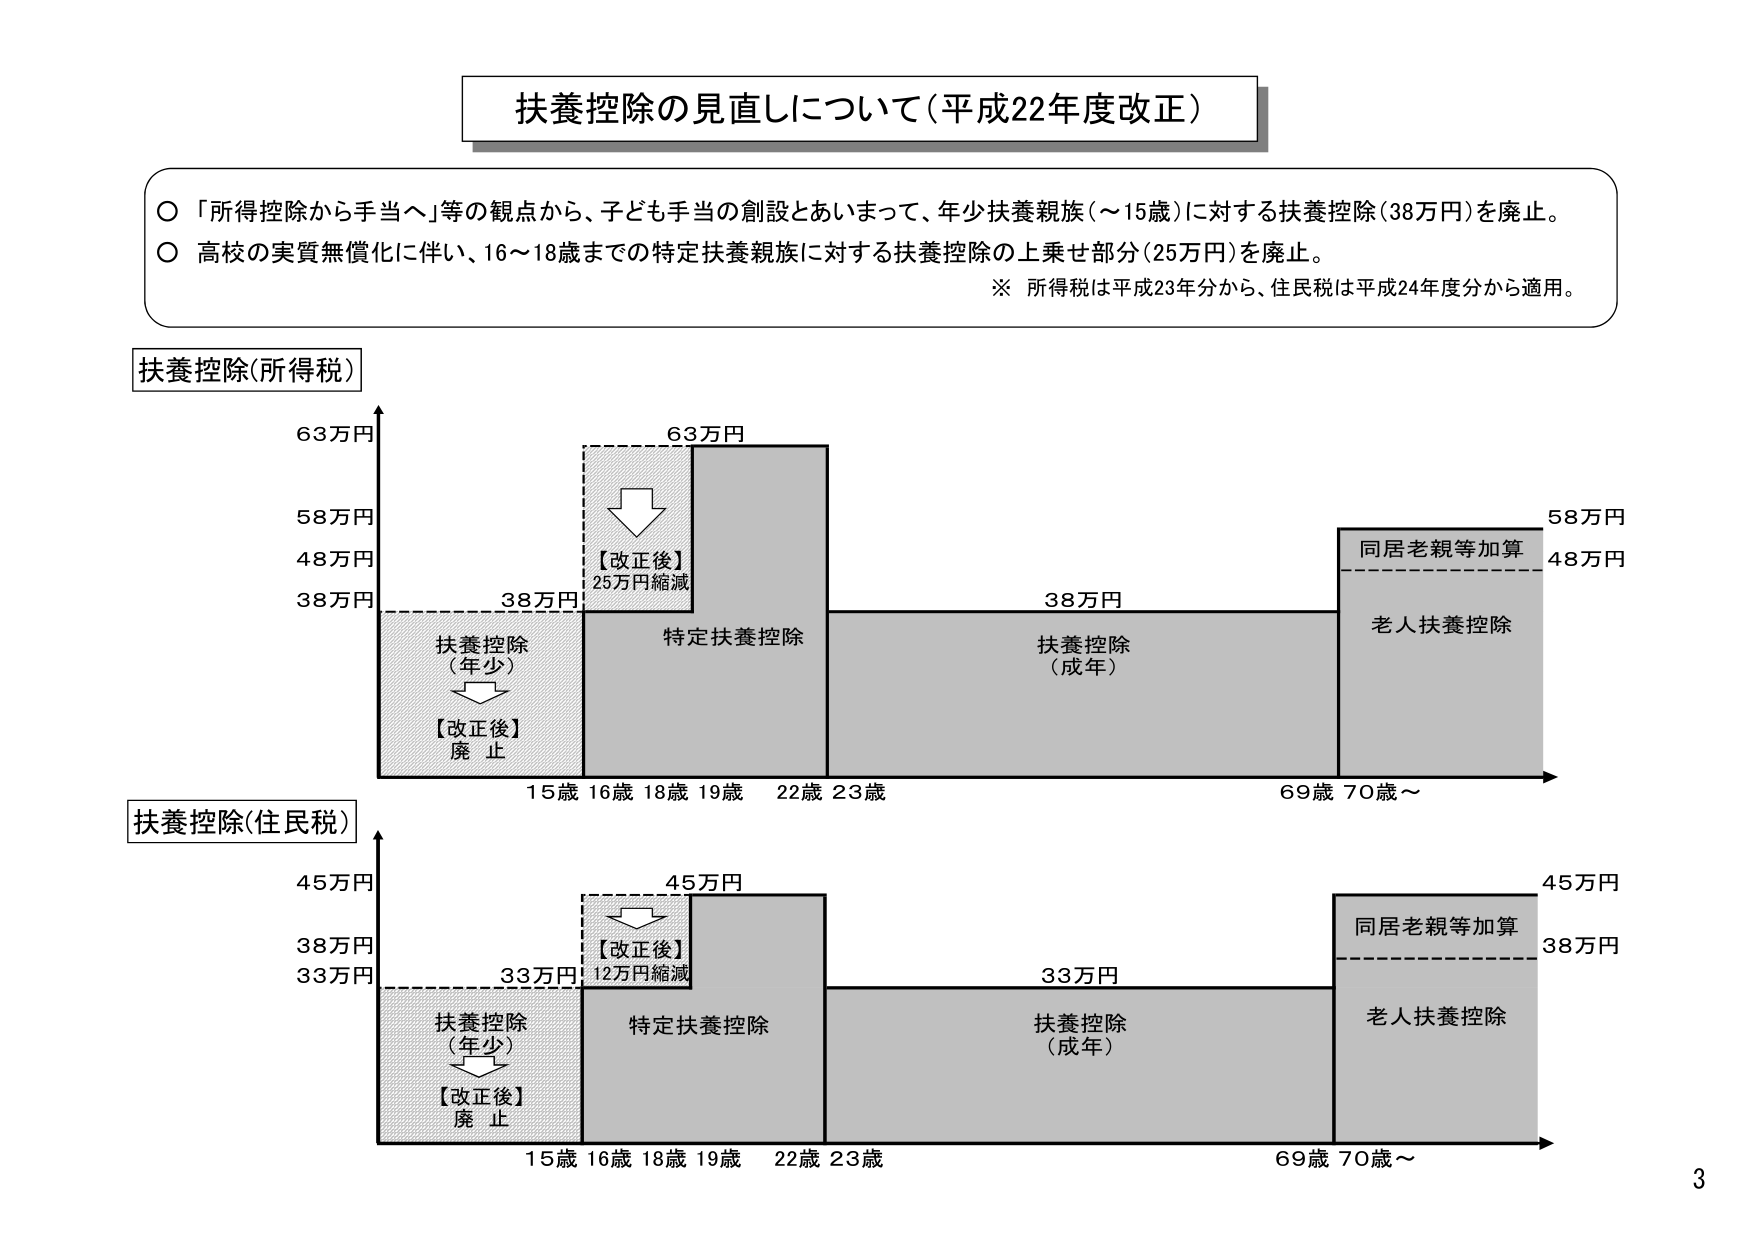
扶養控除の見直しについて（平成22年度改正）

○「所得控除から手当へ」等の観点から、子ども手当の創設とあいまって、年少扶養親族（～15歳）に対する扶養控除（38万円）を廃止。
○高校の実質無償化に伴い、16～18歳までの特定扶養親族に対する扶養控除の上乗せ部分（25万円）を廃止。
※ 所得税は平成23年度分から、住民税は平成24年度分から適用。

扶養控除（所得税）

63万円
58万円
48万円
38万円

扶養控除（年少）
【改正後】
廃止

38万円

【改正後】
25万円縮減

63万円

特定扶養控除

扶養控除（成年）

38万円

同居老親等加算

58万円
48万円

老人扶養控除

15歳 16歳 18歳 19歳 22歳 23歳 69歳 70歳～

扶養控除（住民税）

45万円
38万円
33万円

扶養控除（年少）
【改正後】
廃止

33万円

【改正後】
12万円縮減

45万円

特定扶養控除

扶養控除（成年）

33万円

同居老親等加算

45万円
38万円

老人扶養控除

15歳 16歳 18歳 19歳 22歳 23歳 69歳 70歳～

3